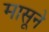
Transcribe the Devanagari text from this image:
मासूने